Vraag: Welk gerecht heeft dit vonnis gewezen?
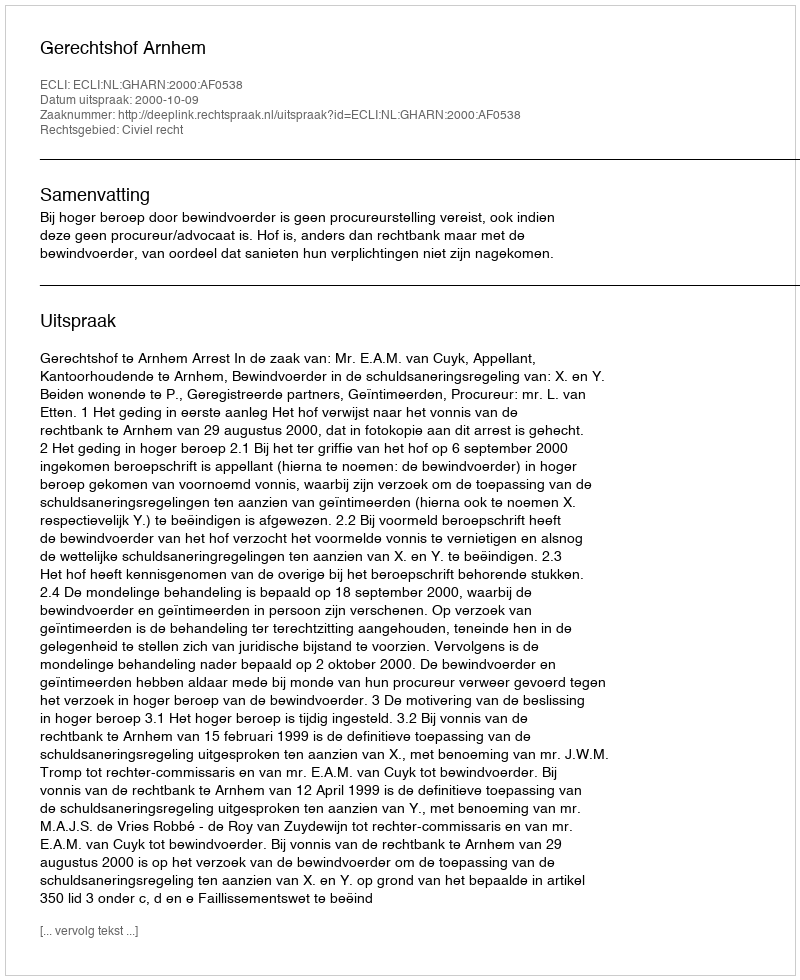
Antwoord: Gerechtshof Arnhem